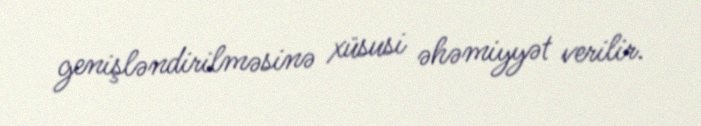
genişləndirilməsinə xüsusi əhəmiyyət verilir.